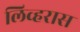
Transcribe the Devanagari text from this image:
लिव्हरास